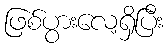
ဖြစ်ပွားလေ့ရှိပြီး